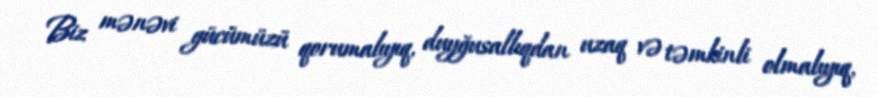
Biz mənəvi gücümüzü qorumalıyıq, duyğusallıqdan uzaq və təmkinli olmalıyıq,